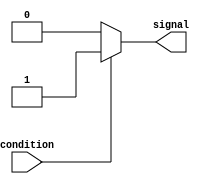
module simple_assign(
    input wire condition,
    output reg signal
);

    assign signal = (condition) ? 1'b1 : 1'b0;

endmodule